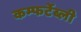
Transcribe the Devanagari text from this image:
कम्फर्टेब्ली